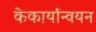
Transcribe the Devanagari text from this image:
केकार्यान्वयन